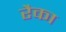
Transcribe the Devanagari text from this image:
रैका